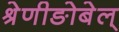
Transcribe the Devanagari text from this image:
श्रेणीङोबेल्